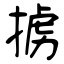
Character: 掳